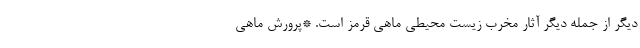
دیگر از جمله دیگر آثار مخرب زیست محیطی ماهی قرمز است. *پرورش ماهی